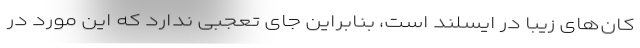
کان‌های زیبا در ایسلند است، بنابراین جای تعجبی ندارد که این مورد در